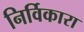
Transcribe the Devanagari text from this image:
निर्विकारा